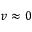
v \approx 0